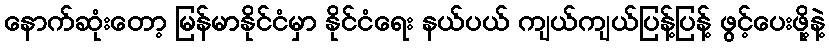
နောက်ဆုံးတော့ မြန်မာနိုင်ငံမှာ နိုင်ငံရေး နယ်ပယ် ကျယ်ကျယ်ပြန့်ပြန့် ဖွင့်ပေးဖို့နဲ့